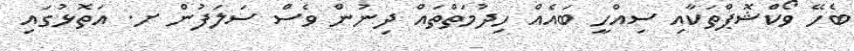
ބެހޭ ވޯކްޝޮޕްތަކާއި ސިއްހީ ބައެއް ހިދުމަތްތައް ދިނުން ވެސް ސަލަފުން ށ. އަތޮޅުގައި